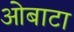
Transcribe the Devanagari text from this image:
ओबाटा